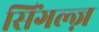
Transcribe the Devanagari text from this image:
सिंगल्ज़